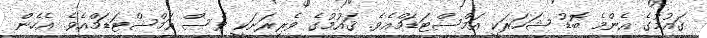
ޤައުމުގެ އެންމެ ބޮޑު ޝަހަރަކީ އަމްސްޓަޑަމްއެވެ. ޤައުމުގެ ވެރިރަށަކީ ވެސް އަމްސްޓަޑަމްއެވެ. އެހެން